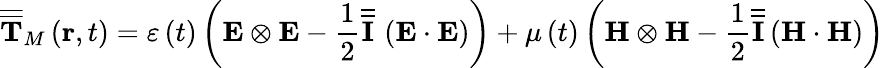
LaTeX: \overline{{\overline{{\mathbf{T}}}}}_{M}\left(\mathbf{r},t\right)=\varepsilon\left(t\right)\left(\mathbf{E}\otimes\mathbf{E}-\frac{1}{2}\overline{{\overline{{\mathbf{I}}}}}\, \left(\mathbf{E}\cdot\mathbf{E}\right)\right)+\mu\left(t\right)\left(\mathbf{H}\otimes\mathbf{H}-\frac{1}{2}\overline{{\overline{{\mathbf{I}}}}}\left(\mathbf{H}\cdot\mathbf{H}\right)\right)